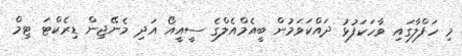
މި ހަފްލާގައި ވާހަކަފުޅު ދައްކަވަމުން ބީއެމްއެލްގެ ސީއީއޯ އަދި މެނޭޖިން ޑިރެކްޓަ ޓިމް